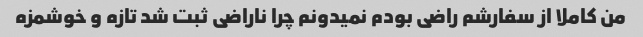
من کاملا از سفارشم راضی بودم نمیدونم چرا ناراضی ثبت شد تازه و خوشمزه